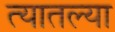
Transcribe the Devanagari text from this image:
त्‍यातल्‍या